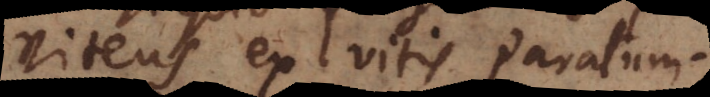
viteus ex vitis par